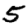
Digit: 5